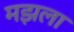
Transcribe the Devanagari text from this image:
मझला